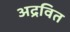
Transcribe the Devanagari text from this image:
अद्रवित